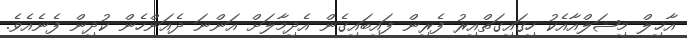
އާޚިލް މިޝަލްއާއެކު ހިގައިގަތްއިރު ފެރިން ފައިބައިގެން އެދިމާލަށް އަންނަ ދެއަންހެން ކުދިން ފެނެއެވެ.